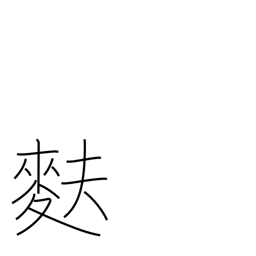
Meaning: light wheat-gluten bread